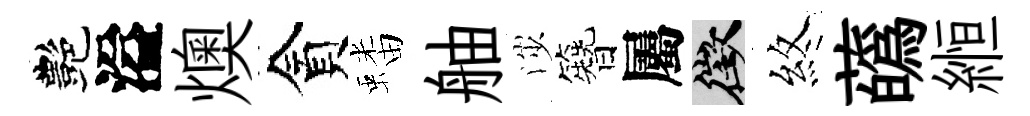
艷溢燠貪蟠舳渉簪屬徵煞蘤縆